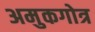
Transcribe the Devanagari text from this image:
अमुकगोत्र